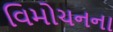
વિમોચનના